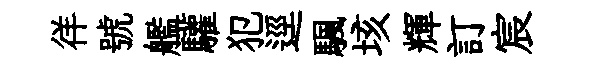
徉號艦驩犯逕颿垓輝訂宸